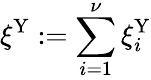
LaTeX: \xi^{\mathrm{Y}}:=\sum_{i=1}^{\nu}\xi_{i}^{\mathrm{Y}}